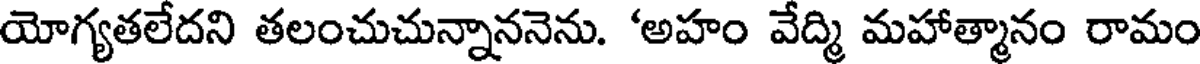
యోగ్యతలేదని తలంచుచున్నాననెను. 'అహం వేద్మి మహాత్మానం రామం